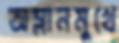
অম্লানমুখে